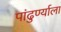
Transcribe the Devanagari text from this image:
पांढुर्ण्याला